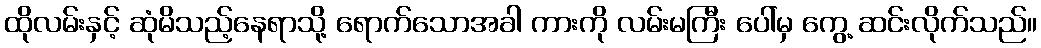
ထိုလမ်းနှင့် ဆုံမိသည့်နေရာသို့ ရောက်သောအခါ ကားကို လမ်းမကြီး ပေါ်မှ ကွေ့ ဆင်းလိုက်သည်။